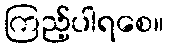
ကြည့်ပါရစေ။